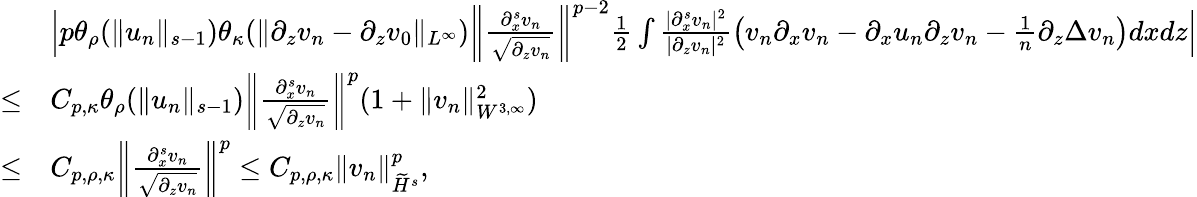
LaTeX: \begin{array}{rl}&{\Big|p\theta_{\rho}(\| u_{n}\| _{s-1})\theta_{\kappa}(\| \partial_{z}v_{n}-\partial_{z}v_{0}\| _{L^{\infty}})\left\| \frac{\partial_{x}^{s}v_{n}}{\sqrt{\partial_{z}v_{n}}}\right\| ^{p-2}\frac 12\int\frac{|\partial_{x}^{s}v_{n}|^{2}}{|\partial_{z}v_{n}|^{2}}\big(v_{n}\partial_{x}v_{n}-\partial_{x}u_{n}\partial_{z}v_{n}-\frac 1n\partial_{z}\Delta v_{n}\big)dxdz\Big|}\\ {\leq}&{C_{p,\kappa}\theta_{\rho}(\| u_{n}\| _{s-1})\left\| \frac{\partial_{x}^{s}v_{n}}{\sqrt{\partial_{z}v_{n}}}\right\| ^{p}(1+\| v_{n}\| _{W^{3,\infty}}^{2})}\\ {\leq}&{C_{p,\rho,\kappa}\left\| \frac{\partial_{x}^{s}v_{n}}{\sqrt{\partial_{z}v_{n}}}\right\| ^{p}\leq C_{p,\rho,\kappa}\| v_{n}\| _{\widetilde H^{s}}^{p},}\end{array}